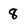
Character: 8